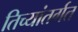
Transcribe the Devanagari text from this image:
तिच्यांतर्गत